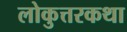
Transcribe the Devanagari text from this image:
लोकुत्तरकथा